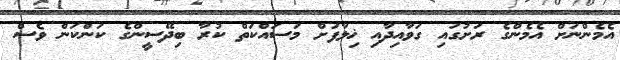
އެމެންނަށް އެމެންގެ ރަށުގައި ގަވާއިދާއި ޚިލާފަށް މަސައްކަތް ކުރާ ބިދޭސީންގެ ކަންކަން ވެސް